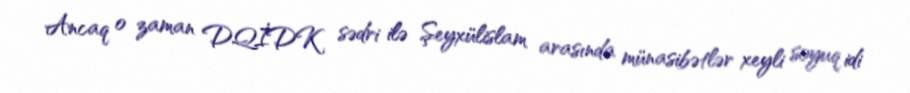
Ancaq o zaman DQİDK sədri ilə Şeyxülislam arasında münasibətlər xeyli soyuq idi